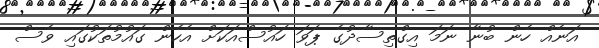
އަނެއް ހެން ބުނާ ނަމަ އިގްތިސާދުގެ ޕަވަ ހައުސްއަކަށް އެހެން ގައުމުތަކުގައި ވެސް